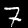
Label: 7